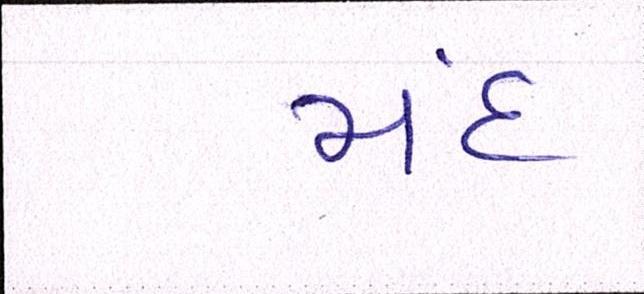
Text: મંદ